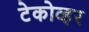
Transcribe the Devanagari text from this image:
टेकोव्हर